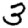
Digit: 3